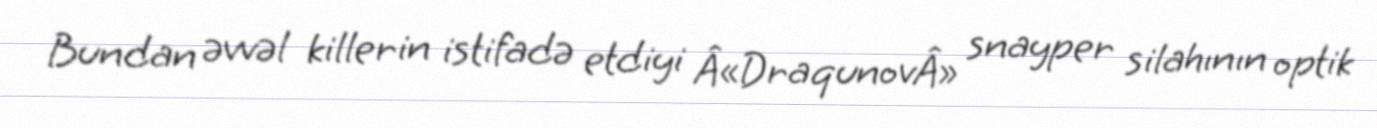
Bundan əvvəl killerin istifadə etdiyi Â«DraqunovÂ» snayper silahının optik